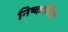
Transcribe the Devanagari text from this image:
निष्कासित